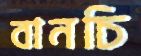
বানচি